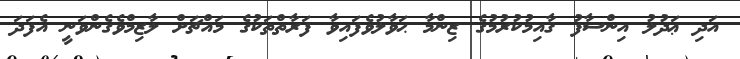
އަދި ޢަދުލު އިންސާފު ޤާއިމުކުރުމުގެ ޒިންމާ ޙަވާލުވެފައިވާ ފަރާތްތަކުގެ މައްޗަށް ލާޒިމްވެގެންވަނީ އެފަދަ